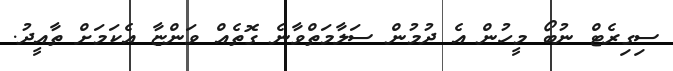
ސިގިރެޓް ނުބޯ މީހުން އެ ދުމުން ސަލާމަތްވާނެ ގޮތެއް ވަންޏާ އެކަމަށް ތާއީދު.